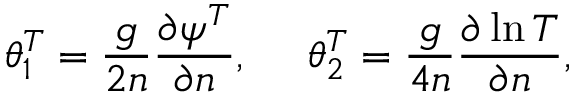
\theta _ { 1 } ^ { T } = \frac { g } { 2 n } \frac { \partial \psi ^ { T } } { \partial n } , \ \ \ \ \theta _ { 2 } ^ { T } = \frac { g } { 4 n } \frac { \partial \ln { T } } { \partial n } ,